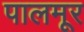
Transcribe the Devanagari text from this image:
पालमूर